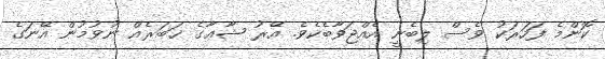
ކޮންމެ ފަހަރަކު ވެސް ލިބެނީ އެއްޖަވާބެކެވެ. އޭރު ޝާޢާގެ ޚަބަރެއް ނުވުމުން އޭނަގެ